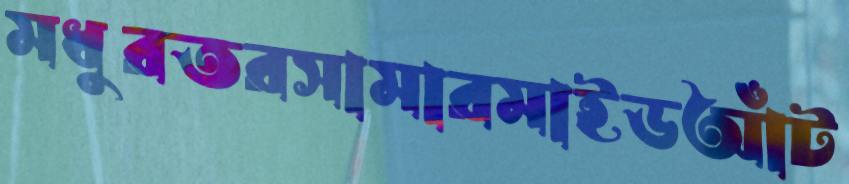
মধুরতরসামারমাইডআঁট